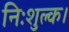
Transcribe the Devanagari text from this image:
निःशुल्क।